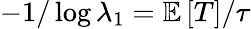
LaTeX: -1/\log\lambda_{1}=\mathbb{E}\left[T\right]/\tau